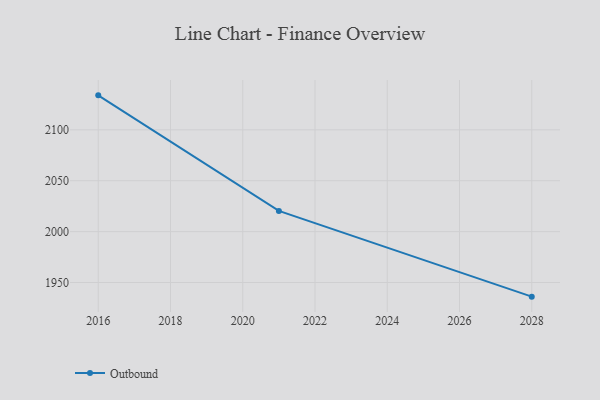
{"axis": {"x": "Year", "y": "Shipments"}, "legend": ["Outbound"], "data": [{"x": "2016", "y": 2133.9, "type": "Outbound"}, {"x": "2021", "y": 2020.3, "type": "Outbound"}, {"x": "2028", "y": 1936.1, "type": "Outbound"}]}